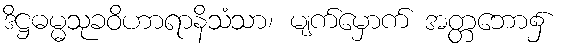
ဒိဋ္ဌဓမ္မသုခဝိဟာရာနိသံသာ၊ မျက်မှောက် အတ္တဘော၌